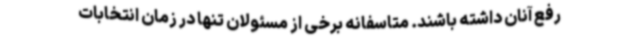
رفع آنان داشته باشند. متاسفانه برخی از مسئولان تنها در زمان انتخابات